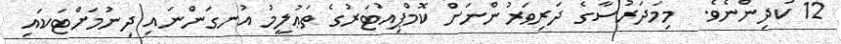
12 ކުދިންނެވެ.  މިމަދަރުސާގެ ދަރިވަރުންނަށް ކޮމްޕިއުޓަރުގެ ތަޢުލީމު އުނގަންނައި ދިނުމަށްޓަކައި